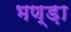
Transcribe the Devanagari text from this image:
भण्ड़ा